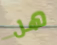
هل